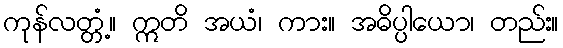
ကုန်လတ္တံ့။ ဣတိ အယံ၊ ကား။ အဓိပ္ပါယော၊ တည်း။